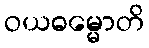
ဝယဓမ္မောတိ